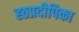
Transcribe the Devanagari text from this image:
ह्ठप्रदीपिका